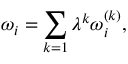
\omega _ { i } = \sum _ { k = 1 } \lambda ^ { k } \omega _ { i } ^ { ( k ) } ,